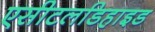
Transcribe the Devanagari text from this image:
एसीटलडिहाइड